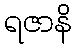
ရဇာနိ